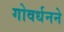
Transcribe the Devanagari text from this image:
गोवर्धनने